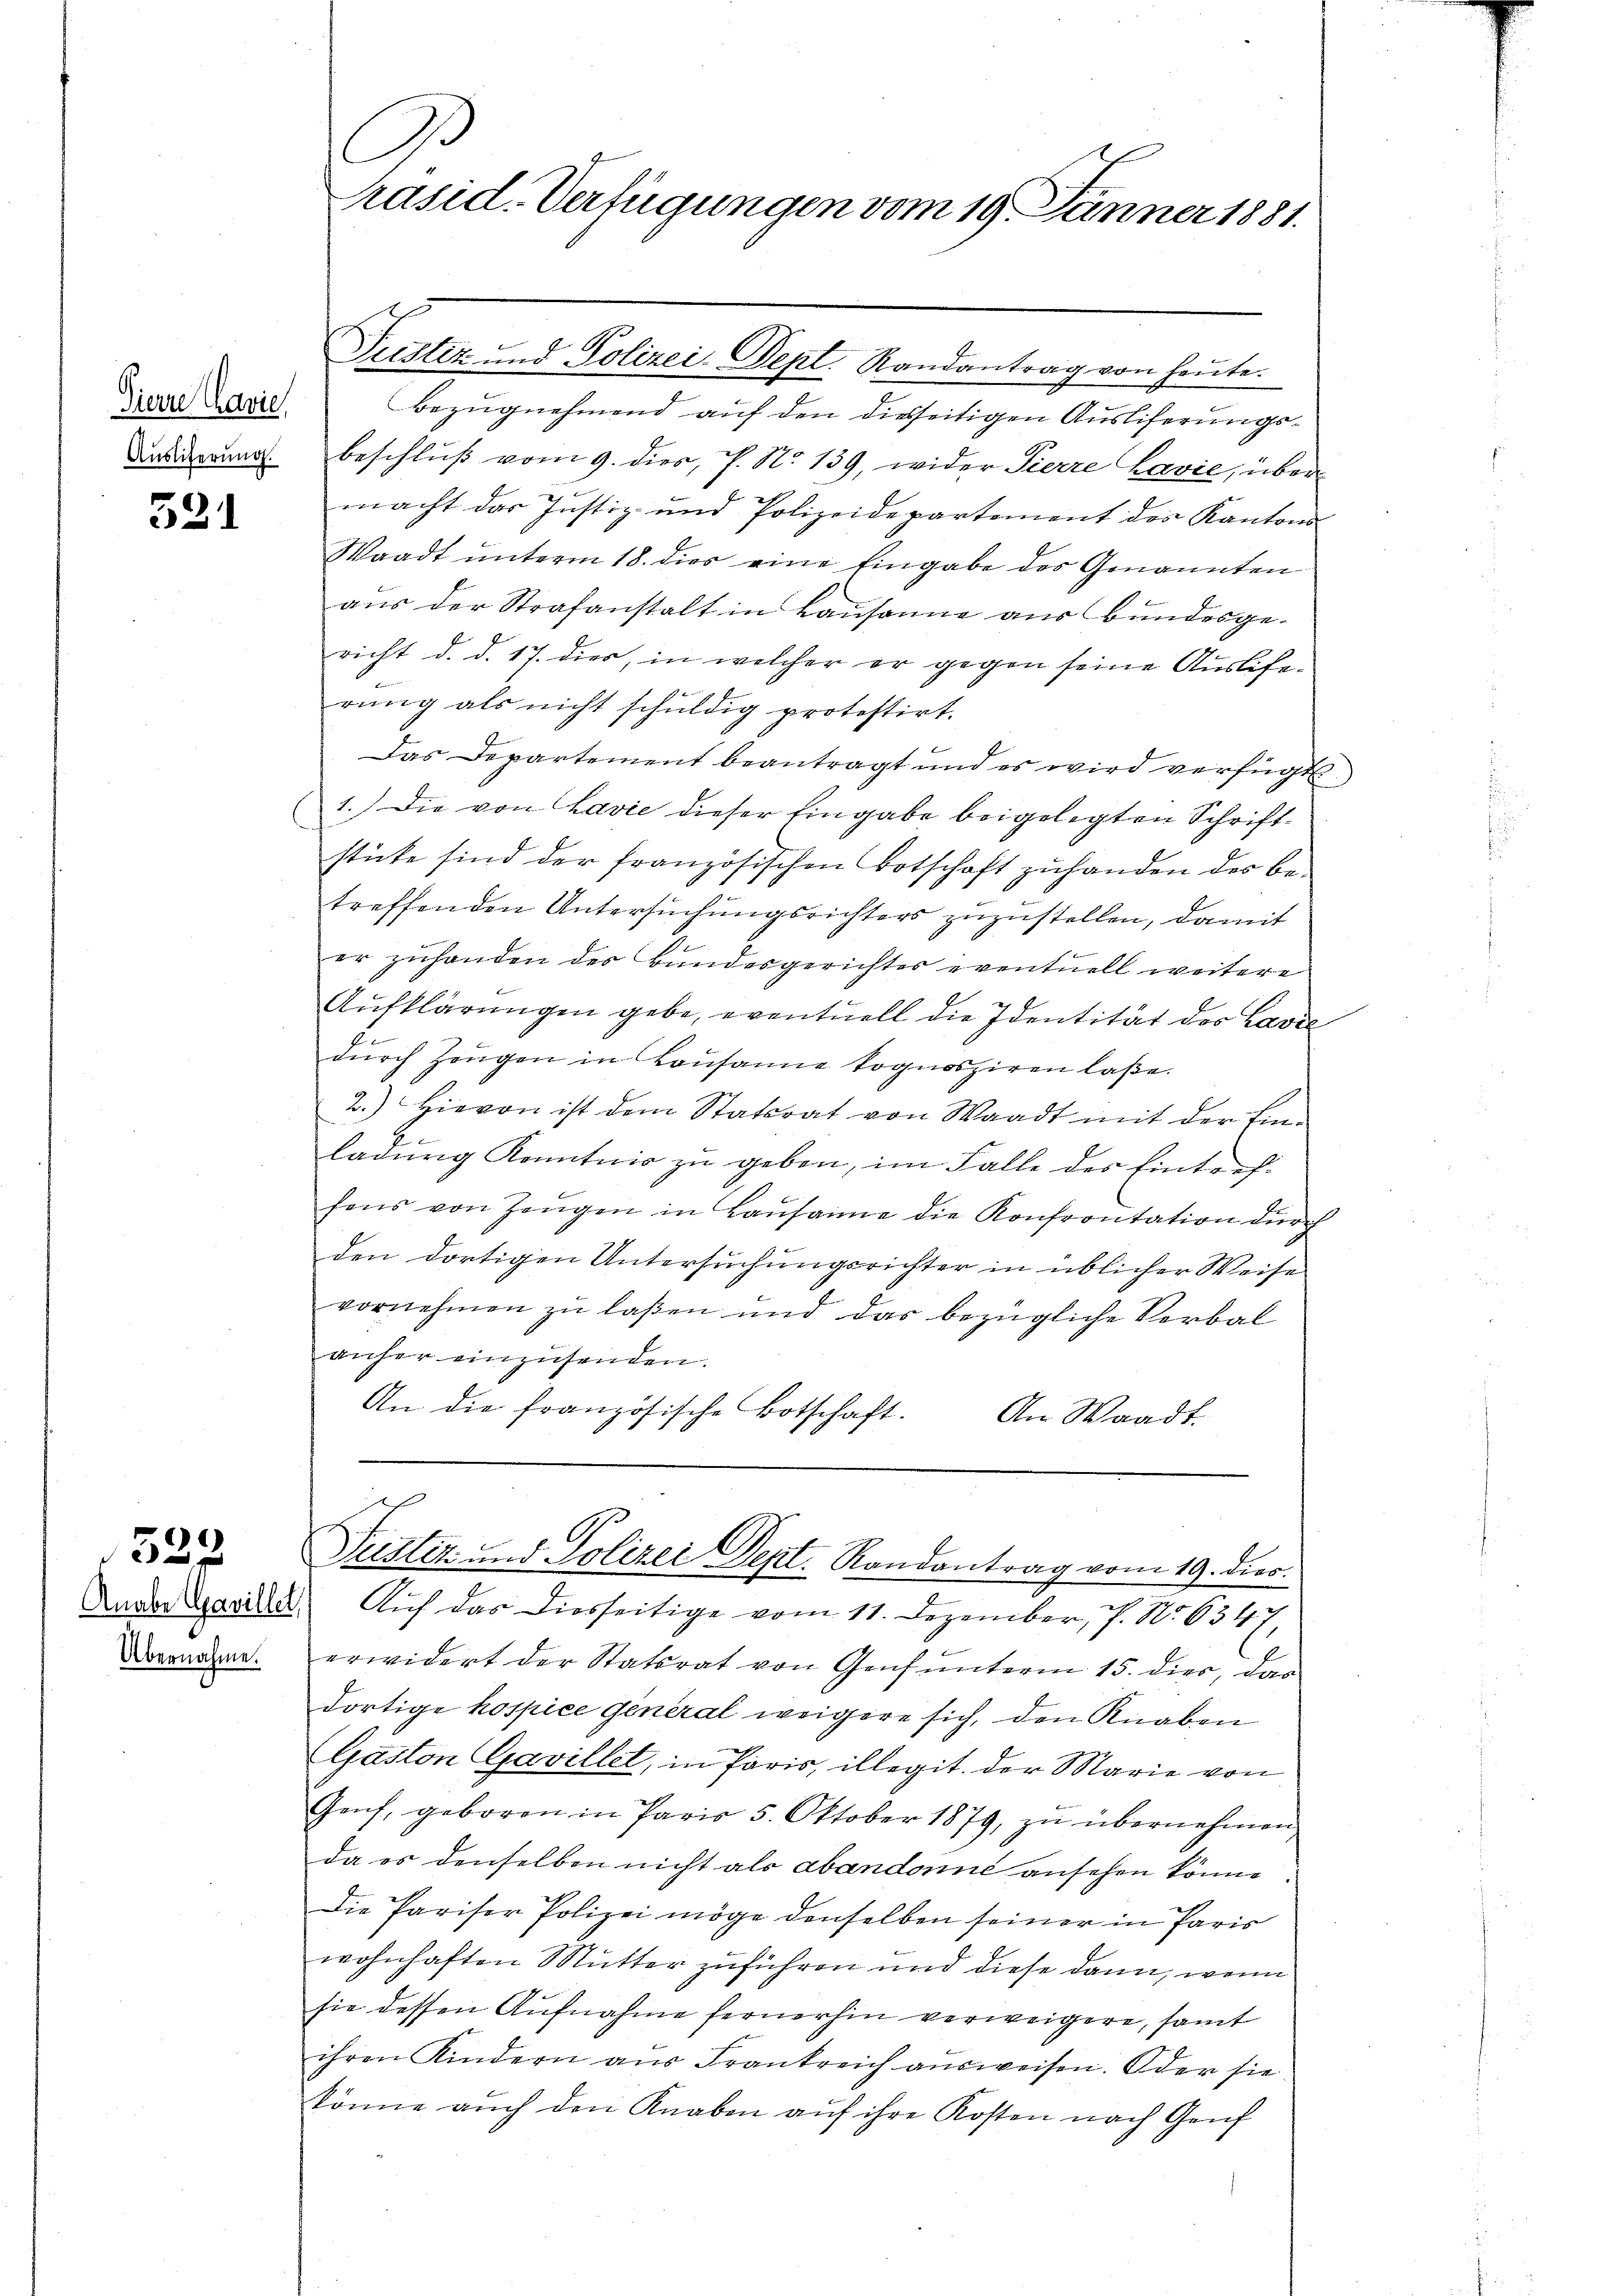
Auslieferung.

521

529

Übernahme.

C
Präsid. Verfügungen vom 19. Jänner 1881.

iiere Leid. Bezŭgnehmend aŭf den diesseitigen Ausliferŭngs-
beschluß vom 9. dies, P. Nr. 139, wider Pierre Lavić, über
macht das Justiz- und Polizeidepartement des Kantons
Waadt unterm 18. dies eine Eingabe des Genannten
aus der Strafanstalt in Lausanne aus Bundesge-
richt d. d. 17. dies, in welcher er gegen seine Auslieferung als nicht schuldig protestirt.
Das Departement beantragt und es wird verfügt
1.) Die von Lavie dieser Eingabe beigelegten Schriftl
stücke sind der französischen Botschaft zuhanden des betreffenden Untersuchungsrichters zuzustellen, damit
er zŭhanden des Bundesgerichter eventuell weitere
Aufklärungen gebe, eventuell die Identität der Lavie
.
dŭrch Zeŭgen in Lausanne kognosziren laße.
2.) Hievon ist dem Statsrat von Waadt mit der Einladŭng Kenntnis zu geben, im Falle des Eintreffons von Zeŭgen in Lausanne die Konfrontation durch
den dortigen Untersuchungsrichter in üblicher Weise
vornehmen zu laßen und das bezügliche Verbal
anher einzusenden.
An die französische Botschaft.
An Waadt.

Puster- und Polizei-Dept. Randantrag von heute.

e
Puttiz und Polizei Dept. Randantrag vom 19. Divo.

Ander Marill Auf das diesseitige vom 11. Dezember, 7. No. 6547,
erwidert der Statsrat von Genf unterm 15. dies, das
dortige hospice general weigere sich, den Knaben
Gaston Gavillet, in Paris, illegit der Marie von
Genf, geboren in Paris 5. Oktober 1879, zŭ übernehmen,
da es denselben nicht als abandonne ansehen könne
Die Pariser Polizei möge denselben seiner in Paris
wohnhaften Mutter zuführen und diese dann, wenn
sie dessen Aufnahme fernerhin verweigere, samt
ihren Kindern aus Frankreich ausweisen. Oder sie
könne auch den Knaben aŭf ihre Kosten nach Genf